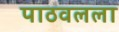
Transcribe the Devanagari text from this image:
पाठवलला